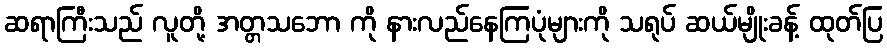
ဆရာကြီးသည် လူတို့ အတ္တသဘော ကို နားလည်နေကြပုံများကို သရုပ် ဆယ်မျိုးခန့် ထုတ်ပြ